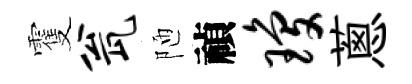
䨥瓮陋禎琼蔥